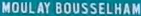
MOULAY BOUSSELHAM